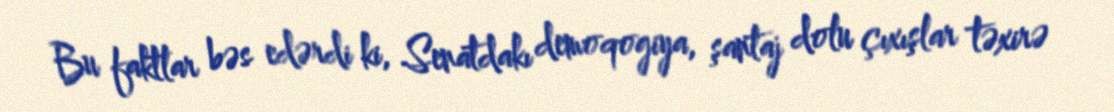
Bu faktlar bəs edərdi ki, Senatdakı demoqogiya, şantaj dolu çıxışlar təxirə